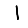
Digit: 1